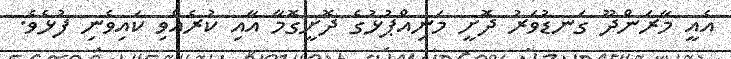
އެއީ މާރަންދޫ ގަނޑުވަރު ދޮށީ މަނިއްޕުޅުގެ ދޮށީގޮމާ އާއި ކުރެއްވި ކައިވެނި ފުޅެވެ.